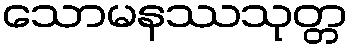
သောမနဿသုတ္တ